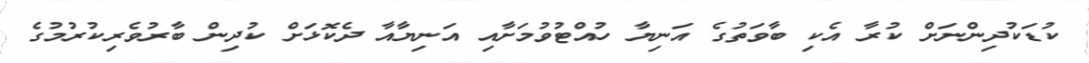
ކުޑަކުދިންނަށް ކުރާ އެކި ބާވަތުގެ އަނިޔާ ހުއްޓުވުމަށާއި އަނިޔާއާ ދެކޮޅަށް ކުދިން ބާރުވެރިކުރުމުގެ